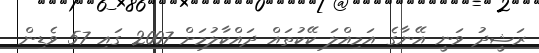
ރަޝީދު ވަނީ އޭނާގެ އަމިއްލަ ކޭކުތައް ދައްކާލުމަށް 2007 ގައި 57 ވެޑިން